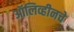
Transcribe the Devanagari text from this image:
ऑलिव्हीनचे